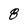
Character: 8